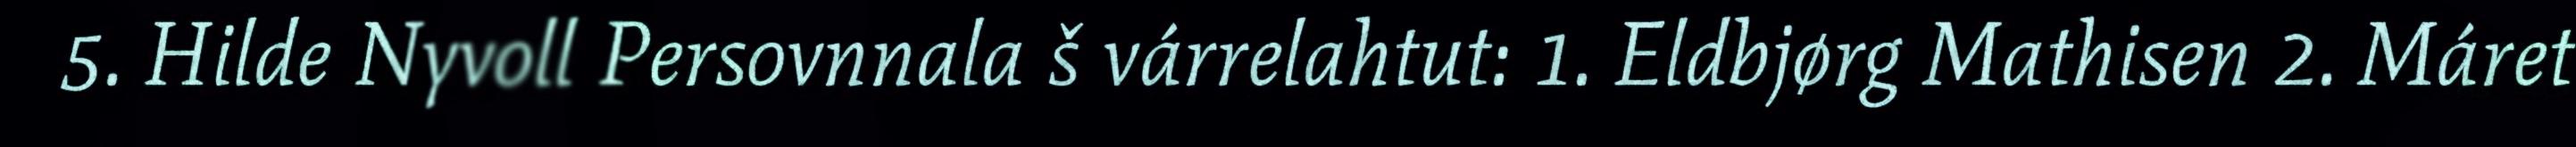
5. Hilde Nyvoll Persovnnala š várrelahtut: 1. Eldbjørg Mathisen 2. Máret